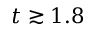
t \gtrsim 1 . 8